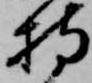
持